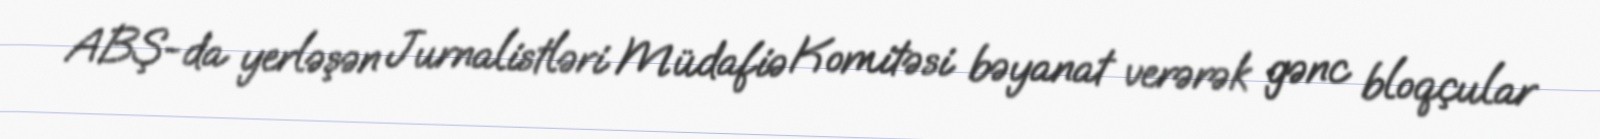
ABŞ-da yerləşən Jurnalistləri Müdafiə Komitəsi bəyanat verərək gənc bloqçular